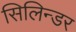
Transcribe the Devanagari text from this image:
सिलिन्डर